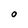
Character: O